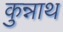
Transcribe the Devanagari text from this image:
कुन्नाथ